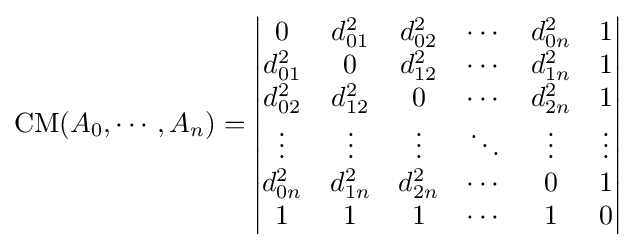
\operatorname {CM} (A_{0},\cdots ,A_{n})={\begin{vmatrix}0&d_{01}^{2}&d_{02}^{2}&\cdots &d_{0n}^{2}&1\\d_{01}^{2}&0&d_{12}^{2}&\cdots &d_{1n}^{2}&1\\d_{02}^{2}&d_{12}^{2}&0&\cdots &d_{2n}^{2}&1\\\vdots &\vdots &\vdots &\ddots &\vdots &\vdots \\d_{0n}^{2}&d_{1n}^{2}&d_{2n}^{2}&\cdots &0&1\\1&1&1&\cdots &1&0\end{vmatrix}}